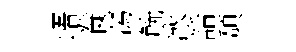
峿飬㵼觥冰話頽